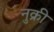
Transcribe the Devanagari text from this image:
नुक्री